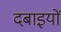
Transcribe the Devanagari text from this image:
दबाइयों